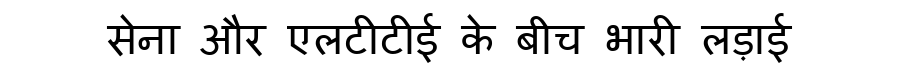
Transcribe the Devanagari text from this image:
सेना और एलटीटीई के बीच भारी लड़ाई